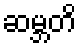
ဆမ္ဘတိ